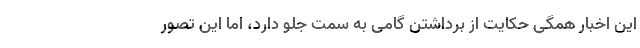
این اخبار همگی حکایت از برداشتن گامی به سمت جلو دارد، اما این تصور